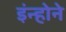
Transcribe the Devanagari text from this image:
इंन्होने